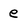
Character: e